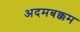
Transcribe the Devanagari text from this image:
अदमबक्कम